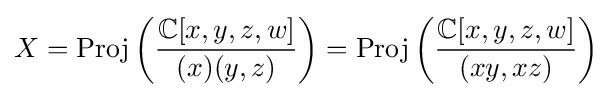
X={\text{Proj}}\left({\frac {\mathbb {C} [x,y,z,w]}{(x)(y,z)}}\right)={\text{Proj}}\left({\frac {\mathbb {C} [x,y,z,w]}{(xy,xz)}}\right)